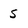
Character: s